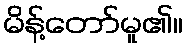
မိန့်တော်မူ၏။